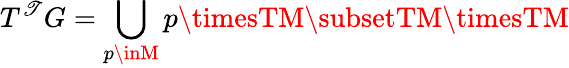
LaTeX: T^{\mathscr{T}}G=\bigcup_{p\inM}p\timesTM\subsetTM\timesTM